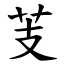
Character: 芰